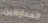
المعارضين